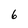
Character: 6